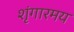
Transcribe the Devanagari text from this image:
शृंगारमय